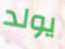
يولد